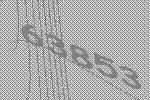
63853